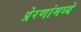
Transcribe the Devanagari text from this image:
प्रेरणांमध्ये